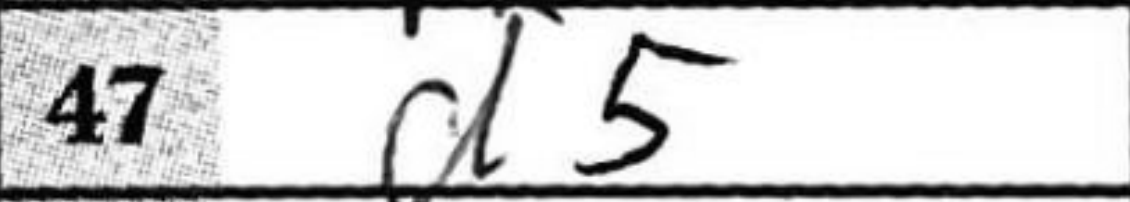
Transcription: d5